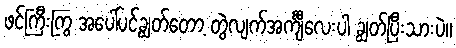
ဖင်ကြီးကြွ အပေါ်ပင့်ချွတ်တော့ တွဲလျက်အင်္ကျီလေးပါ ချွတ်ပြီးသားပဲ။